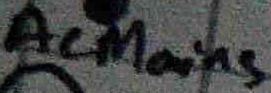
Text: AC Mains